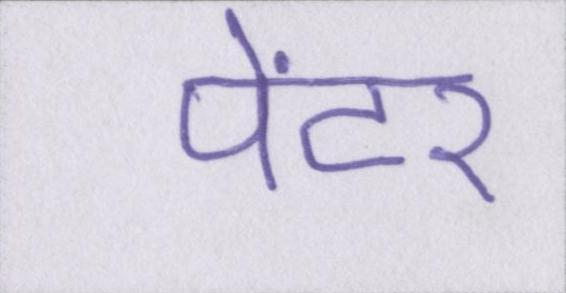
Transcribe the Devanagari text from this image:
पेंटर